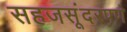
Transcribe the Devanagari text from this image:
सहजसूंदरपणे